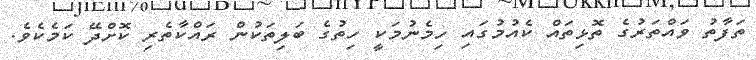
ތަފާތު ވައްތަރުގެ ތޮޅިތައް ކެއުމުގައި ހިމެނުމަކީ ހިތުގެ ބަލިތަކުން ރައްކާތެރި ކޮށްދޭ ކަމެކެވެ.